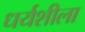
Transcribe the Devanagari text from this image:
धर्यशीला